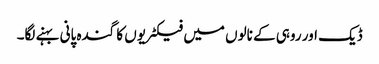
ڈیک اور روہی کے نالوں میں فیکٹریوں کا گندہ پانی بہنے لگا۔